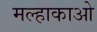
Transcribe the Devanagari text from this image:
मल्हाकाओ